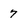
Character: 7